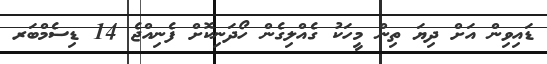
ޑައިވިން އަށް ދިޔަ ތިން މީހަކު ގެއްލިގެން ހޯދަނިކޮށް ފެނިއްޖެ 14 ޑިސެމްބަރ